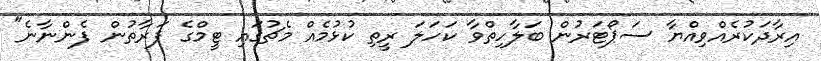
އިރާދަކުރެއްވިއްޔާ ސަޕޯޓަރުން ބަލާހިތްވާ ކަހަލަ ރީތި ކުޅުމެއް މެޗުގައި ޓީމްގެ ފަރާތުން ފެންނާނެ"